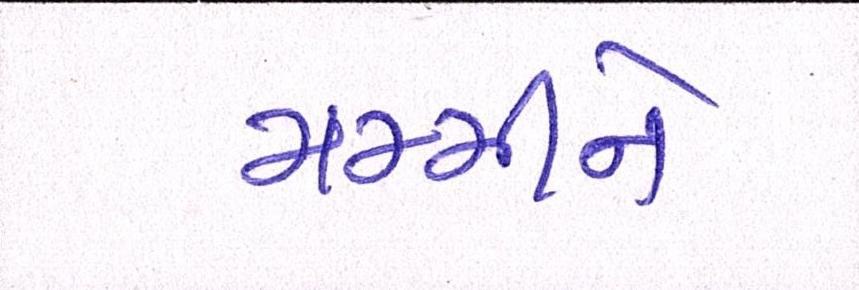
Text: મમ્મીને